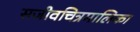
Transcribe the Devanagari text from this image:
सजीवचित्रमालिका